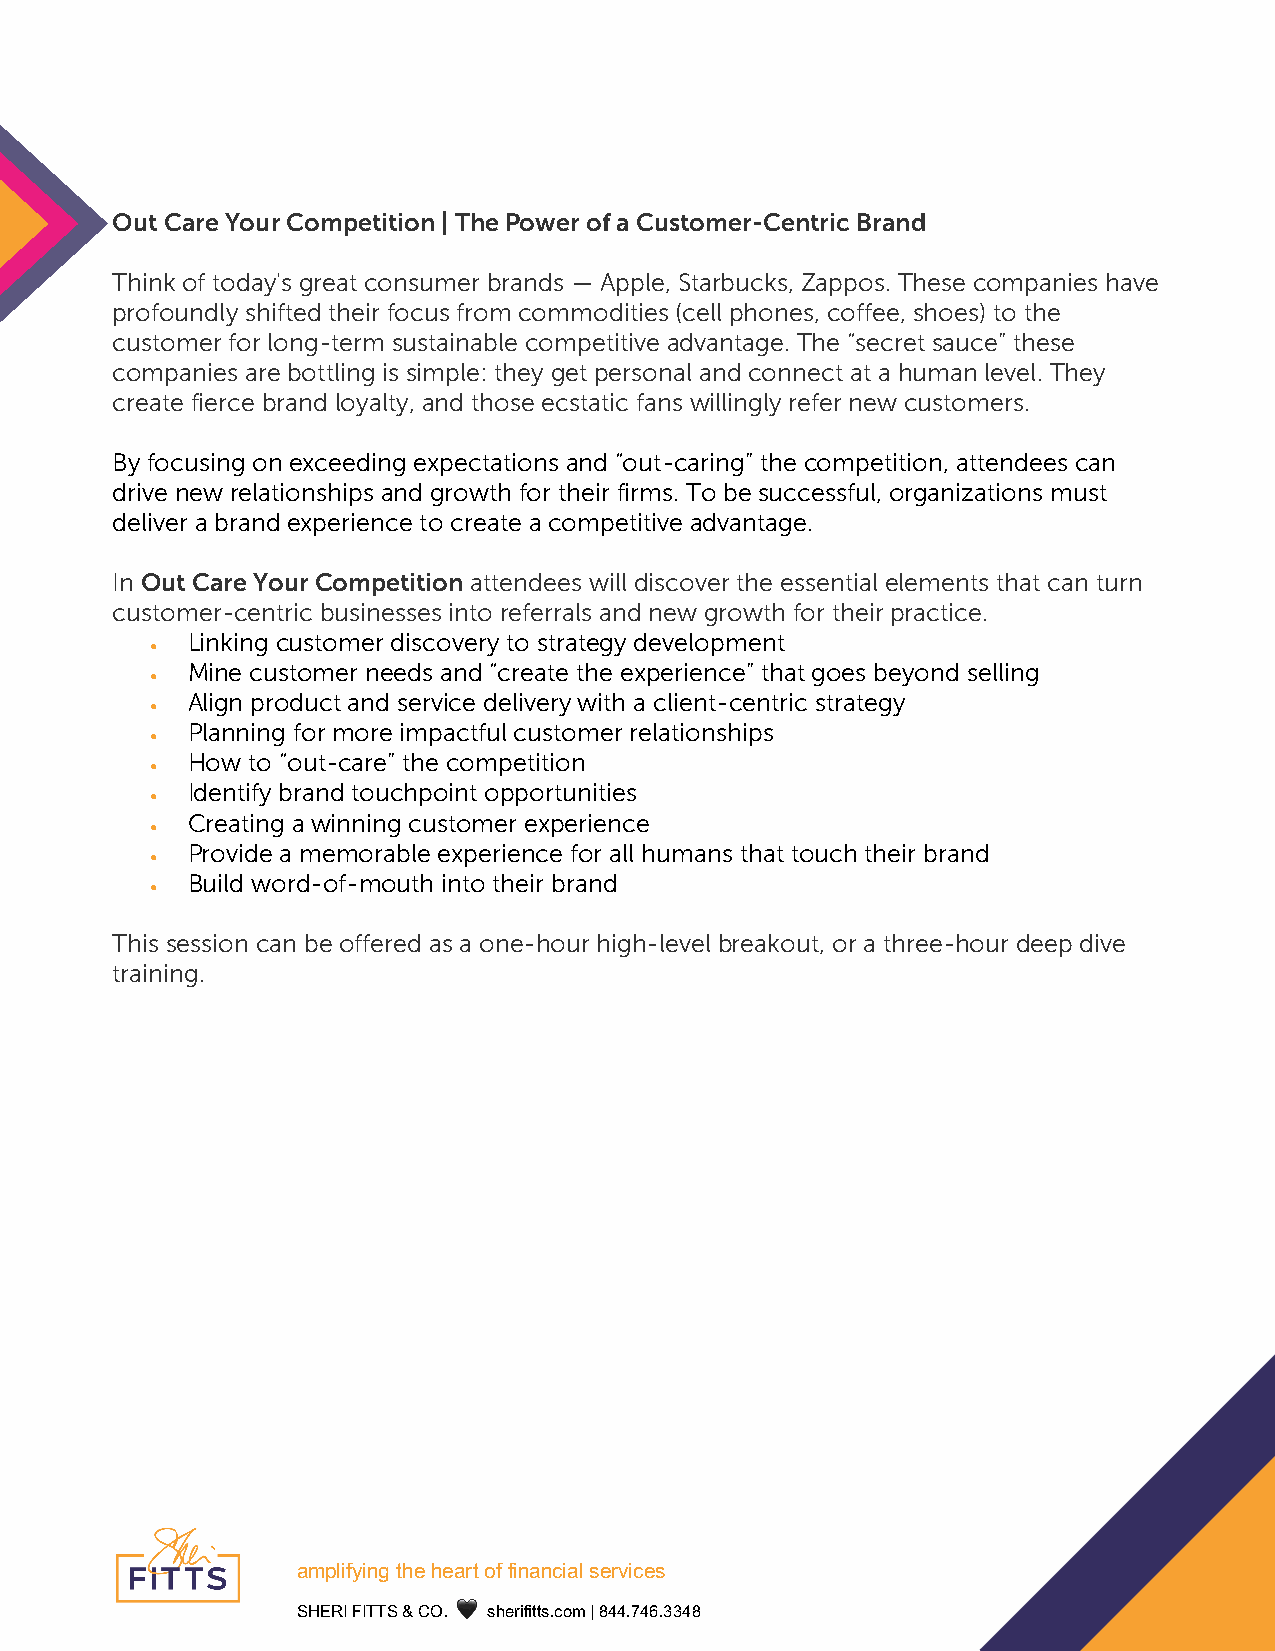
Out Care Your Competition | The Power of a Customer-Centric Brand
 Think of today's great consumer brands — Apple, Starbucks, Zappos. These companies have
 profoundly shifted their focus from commodities (cell phones, coffee, shoes) to the
 customer for long-term sustainable competitive advantage. The “secret sauce” these
 companies are bottling is simple: they get personal and connect at a human level. They
 create fierce brand loyalty, and those ecstatic fans willingly refer new customers.
 By focusing on exceeding expectations and “out-caring” the competition, attendees can
 drive new relationships and growth for their firms. To be successful, organizations must
 deliver a brand experience to create a competitive advantage.
 In Out Care Your Competition attendees will discover the essential elements that can turn
 customer-centric businesses into referrals and new growth for their practice.
 Linking customer discovery to strategy development
 •
 Mine customer needs and “create the experience” that goes beyond selling
 •
 Align product and service delivery with a client-centric strategy
 •
 Planning for more impactful customer relationships
 •
 How to “out-care” the competition
 •
 Identify brand touchpoint opportunities
 •
 Creating a winning customer experience
 •
 Provide a memorable experience for all humans that touch their brand
 •
 Build word-of-mouth into their brand
 •
 This session can be offered as a one-hour high-level breakout, or a three-hour deep dive
 training.
 !
 !"#$%&’%()*+,-*,-!.+*/&*&%(!(0%!$*1-.2%0-1* !
 !"#$%&’%((!&)&*+,&&🖤&&-./012133-,456&7&899,:9;,<<98&